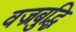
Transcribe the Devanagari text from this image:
वज्रबुद्धि